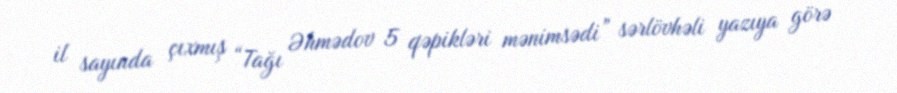
il sayında çıxmış “Tağı Əhmədov 5 qəpikləri mənimsədi” sərlövhəli yazıya görə